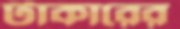
টাকারের